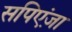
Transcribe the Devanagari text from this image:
सपिएंज़ा